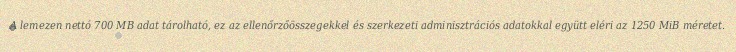
A lemezen nettó 700 MB adat tárolható, ez az ellenőrzőösszegekkel és szerkezeti adminisztrációs adatokkal együtt eléri az 1250 MiB méretet.